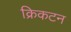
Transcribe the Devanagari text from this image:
क्रिकटन